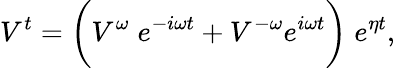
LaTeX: V^{t}=\bigg(V^{\omega}\; e^{-i\omega t}+V^{-\omega}e^{i\omega t}\bigg)\; e^{\eta t},